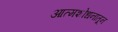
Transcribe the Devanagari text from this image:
आत्मशोधनातून